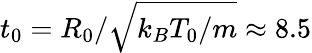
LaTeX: t_{0}=R_{0}/\sqrt{k_{B}T_{0}/m}\approx 8.5